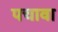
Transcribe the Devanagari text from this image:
पचावा